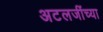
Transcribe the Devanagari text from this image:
अटलजींच्या